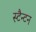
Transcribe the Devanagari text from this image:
स्टैन्टन